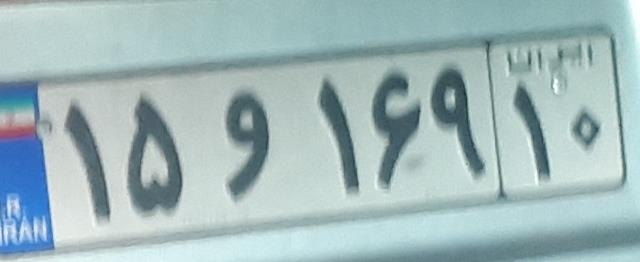
۱۵و۱۶۹۱۰